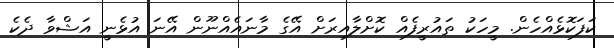
ކަފަކޮޅެއްހެން. މީހަކު ތައުރީފެއް ކޮށްލާއިރަށް އޭގެ މާނައެއްނޫން އޭނަ އުޅެނީ އަޝްވާ ދެކެ